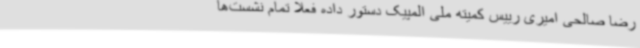
رضا صالحی امیری رییس کمیته ملی المپیک دستور داده فعلا تمام نشست‌ها